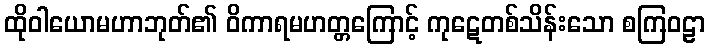
ထိုဝါယောမဟာဘုတ်၏ ဝိကာရမဟတ္တကြောင့် ကုဋေတစ်သိန်းသော စကြဝဠာ